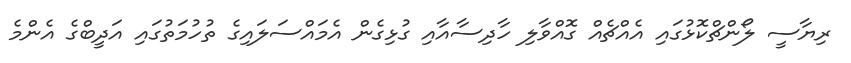
ރިޔާސީ ލޯންޗްކޮޅުގައި އެއްޗެއް ގޮއްވާލި ހާދިސާއާއި ގުޅިގެން އެމައްސަލައިގެ ތުހުމަތުގައި އަދީބްގެ އެންމެ